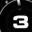
Digit: 3